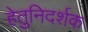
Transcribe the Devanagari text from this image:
हेतुनिदर्शक